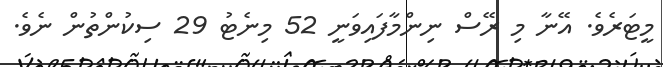
މީޓަރެވެ. އޭނާ މި ރޭސް ނިންމާފައިވަނީ 52 މިނެޓު 29 ސިކުންތުން ނެވެ.